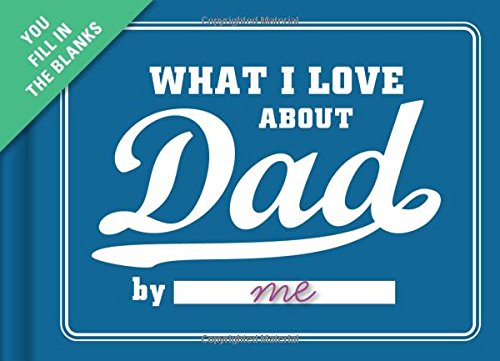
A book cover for Knock Knock What I Love about Dad Fill-In-The-Blank Journal; Knock Knock; Humor & Entertainment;